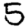
Digit: 5